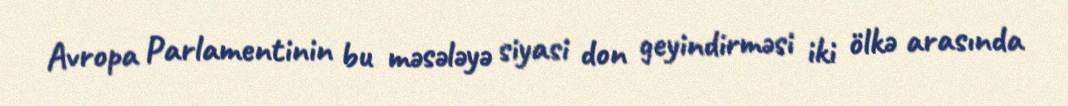
Avropa Parlamentinin bu məsələyə siyasi don geyindirməsi iki ölkə arasında